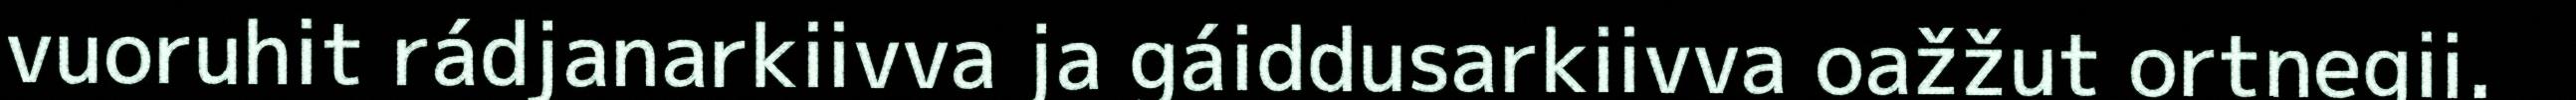
vuoruhit rádjanarkiivva ja gáiddusarkiivva oažžut ortnegii.